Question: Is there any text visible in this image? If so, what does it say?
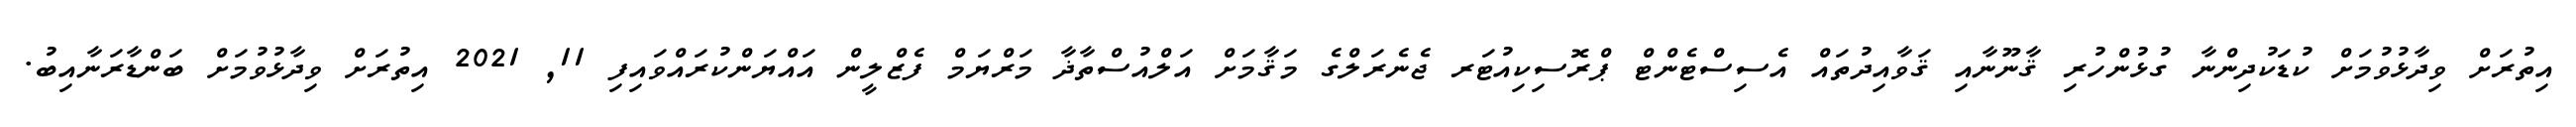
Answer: އިތުރަށް ވިދާޅުވުމަށް ކުޑަކުދިންނާ ގުޅުންހުރި ޤާނޫނާއި ޤަވާއިދުތައް އެސިސްޓެންޓް ޕްރޮސިކިއުޓަރ ޖެނެރަލްގެ މަޤާމަށް އަލްއުސްތާޛާ މަރްޔަމް ފެޒްލީން އައްޔަންކުރައްވައިފި 11, 2021 އިތުރަށް ވިދާޅުވުމަށް ބަންޑާރަނާއިބު.